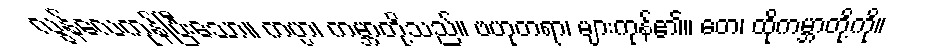
လွန်လေကုန်ပြီးသော။ ကပ္ပာ၊ ကမ္ဘာတို့သည်။ ဗဟုတရာ၊ များကုန်၏။ တေ၊ ထိုကမ္ဘာတို့ကို။